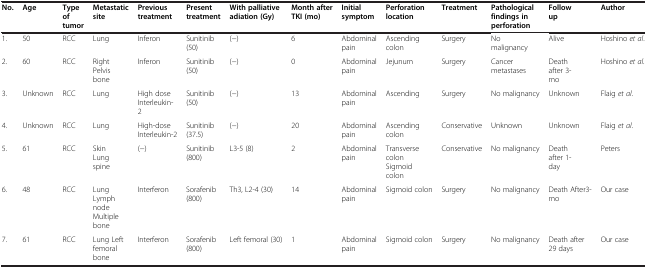
<table><thead><tr><td><b>No.</b></td><td><b>Age</b></td><td><b>Type of tumor</b></td><td><b>Metastatic site</b></td><td><b>Previous treatment</b></td><td><b>Present treatment</b></td><td><b>With palliative adiation (Gy)</b></td><td><b>Month after TKI (mo)</b></td><td><b>Initial symptom</b></td><td><b>Perforation location</b></td><td><b>Treatment</b></td><td><b>Pathological findings in perforation</b></td><td><b>Follow up</b></td><td><b>Author</b></td></tr></thead><tbody><tr><td>1.</td><td>50</td><td>RCC</td><td>Lung</td><td>Inferon</td><td>Sunitinib (50)</td><td>(−)</td><td>6</td><td>Abdominal pain</td><td>Ascending colon</td><td>Surgery</td><td>No malignancy</td><td>Alive</td><td>Hoshino <i>et al</i>.</td></tr><tr><td>2.</td><td>60</td><td>RCC</td><td>Right Pelvis bone</td><td>Inferon</td><td>Sunitinib (50)</td><td>(−)</td><td>0</td><td>Abdominal pain</td><td>Jejunum</td><td>Surgery</td><td>Cancer metastases</td><td>Death after 3- mo</td><td>Hoshino <i>et al.</i></td></tr><tr><td>3.</td><td>Unknown</td><td>RCC</td><td>Lung</td><td>High dose Interleukin- 2</td><td>Sunitinib (50)</td><td>(−)</td><td>13</td><td>Abdominal pain</td><td>Ascending</td><td>Surgery</td><td>No malignancy</td><td>Unknown</td><td>Flaig <i>et al</i>.</td></tr><tr><td>4.</td><td>Unknown</td><td>RCC</td><td>Lung</td><td>High-dose Interleukin-2</td><td>Sunitinib (37.5)</td><td>(−)</td><td>20</td><td>Abdominal pain</td><td>Ascending colon</td><td>Conservative</td><td>Unknown</td><td>Unknown</td><td>Flaig <i>et al</i>.</td></tr><tr><td>5.</td><td>61</td><td>RCC</td><td>Skin Lung spine</td><td>(−)</td><td>Sunitinib (800)</td><td>L3-5 (8)</td><td>2</td><td>Abdominal pain</td><td>Transverse colon Sigmoid colon</td><td>Conservative</td><td>No malignancy</td><td>Death after 1- day</td><td>Peters</td></tr><tr><td>6.</td><td>48</td><td>RCC</td><td>Lung Lymph node Multiple bone</td><td>Interferon</td><td>Sorafenib (800)</td><td>Th3, L2-4 (30)</td><td>14</td><td>Abdominal pain</td><td>Sigmoid colon</td><td>Surgery</td><td>No malignancy</td><td>Death After3- mo</td><td>Our case</td></tr><tr><td>7.</td><td>61</td><td>RCC</td><td>Lung Left femoral bone</td><td>Interferon</td><td>Sorafenib (800)</td><td>Left femoral (30)</td><td>1</td><td>Abdominal pain</td><td>Sigmoid colon</td><td>Surgery</td><td>No malignancy</td><td>Death after 29 days</td><td>Our case</td></tr></tbody></table>